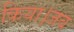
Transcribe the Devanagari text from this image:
किया।जब